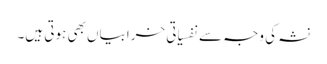
نشہ کی وجہ سے نفسیاتی خرابیاں بھی ہوتی ہیں۔